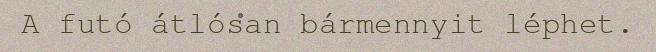
A futó átlósan bármennyit léphet.